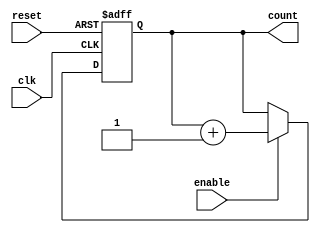
module chained_parallel_counter #(
    parameter N = 4 // Number of bits (flip-flops) in the counter
)(
    input wire clk,         // Clock signal
    input wire reset,       // Asynchronous reset signal
    input wire enable,      // Enable signal
    output reg [N-1:0] count // Counter output
);

// Chained Counter Logic
// Uncomment the following block for Chained Counter
/*
always @(posedge clk or posedge reset) begin
    if (reset) begin
        count <= 0;
    end
    else if (enable) begin
        // Chained counting logic (ripple counter)
        count[0] <= ~count[0]; // Toggle LSB
        for (integer i = 1; i < N; i = i + 1) begin
            if (count[i-1]) begin
                count[i] <= ~count[i]; // Toggle the next flip-flop
            end
        end
    end
end
*/

// Parallel Counter Logic
always @(posedge clk or posedge reset) begin
    if (reset) begin
        count <= 0;
    end
    else if (enable) begin
        count <= count + 1; // Increment the counter
    end
end

endmodule